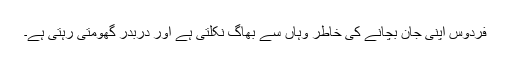
فردوس اپنی جان بچانے کی خاطر وہاں سے بھاگ نکلتی ہے اور دربدر گھومتی رہتی ہے۔